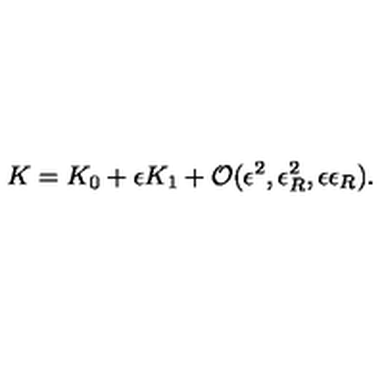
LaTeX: K = K _ { 0 } + \epsilon K _ { 1 } + { \cal O } ( \epsilon ^ { 2 } , \epsilon _ { R } ^ { 2 } , \epsilon \epsilon _ { R } ) .